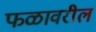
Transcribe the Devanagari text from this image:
फळावरील